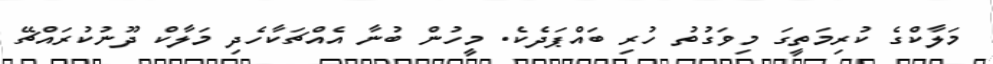
މަލާކްގެ ކުރިމަތީގަ މިވަގުތު ހުރި ބައްޕަދެކެ. މީހުން ބުނާ އެއްޗަކާހެދި މަލާކް ދޫނުކުރައްޗޭ